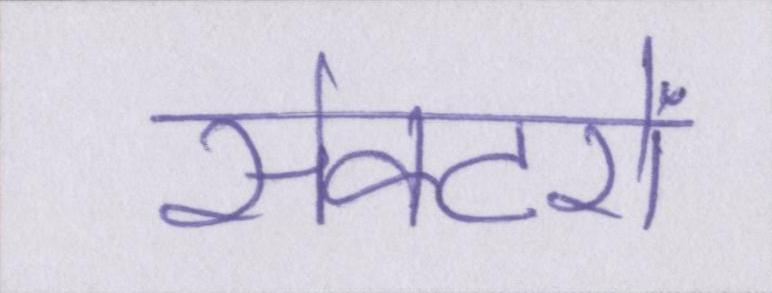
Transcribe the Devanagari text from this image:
सेक्टरों